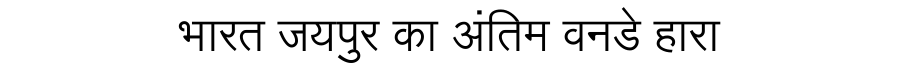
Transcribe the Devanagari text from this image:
भारत जयपुर का अंतिम वनडे हारा